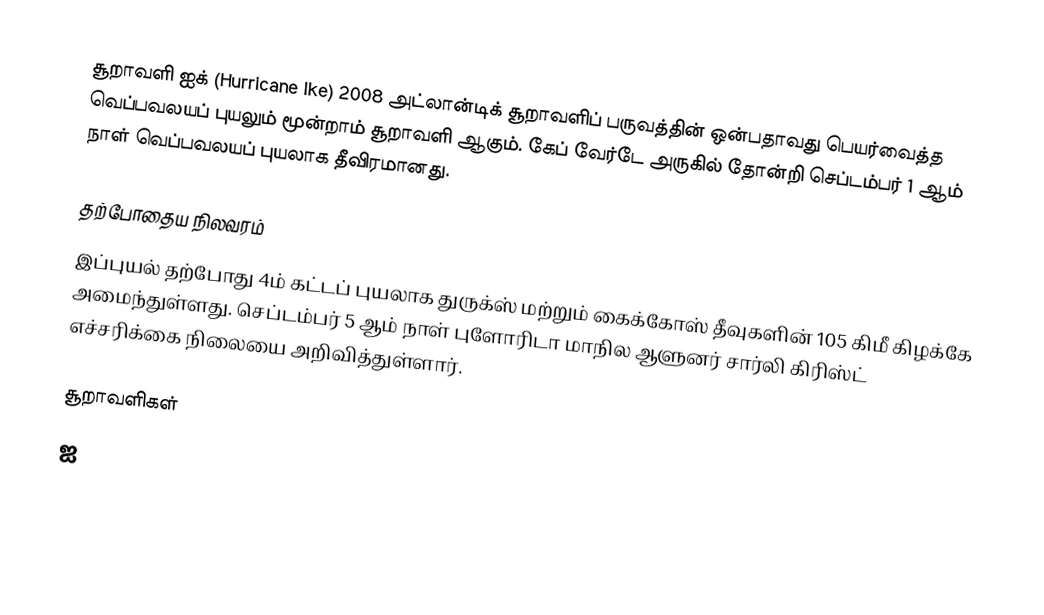
சூறாவளி ஐக் (Hurricane Ike) 2008 அட்லான்டிக் சூறாவளிப் பருவத்தின் ஒன்பதாவது பெயர்வைத்த வெப்பவலயப் புயலும் மூன்றாம் சூறாவளி ஆகும். கேப் வேர்டே அருகில் தோன்றி செப்டம்பர் 1 ஆம் நாள் வெப்பவலயப் புயலாக தீவிரமானது.

தற்போதைய நிலவரம்
இப்புயல் தற்போது 4ம் கட்டப் புயலாக துருக்ஸ் மற்றும் கைக்கோஸ் தீவுகளின் 105 கிமீ கிழக்கே அமைந்துள்ளது. செப்டம்பர் 5 ஆம் நாள் புளோரிடா மாநில ஆளுனர் சார்லி கிரிஸ்ட் எச்சரிக்கை நிலையை அறிவித்துள்ளார்.

சூறாவளிகள்
ஐ